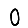
Digit: 0